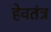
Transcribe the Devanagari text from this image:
हेवतंत्र